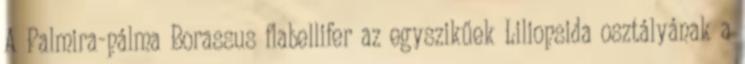
A Palmira-pálma Borassus flabellifer az egyszikűek Liliopsida osztályának a